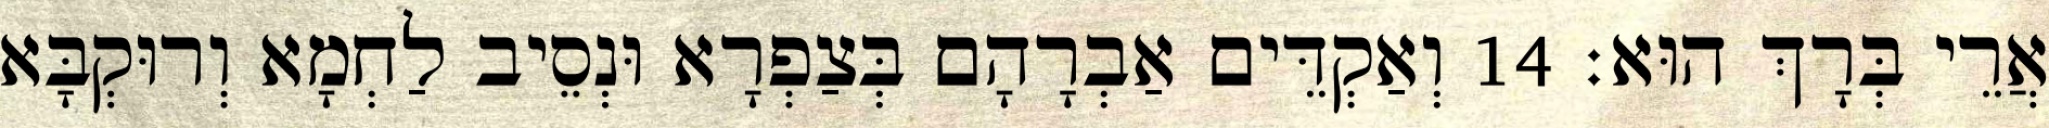
אֲרֵי בְּרָךְ הוּא׃ 14 וְאַקְדֵּים אַבְרָהָם בְּצַפְרָא וּנְסֵיב לַחְמָא וְרוּקְבָּא